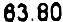
63.80